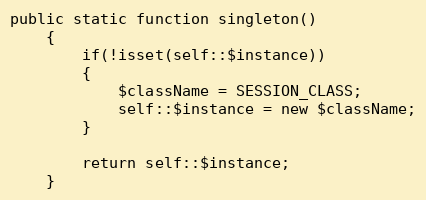
Language: PHP
public static function singleton()
	{
		if(!isset(self::$instance))
		{
			$className = SESSION_CLASS;
			self::$instance = new $className;
		}

		return self::$instance;
	}